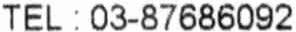
TEL : 03-87686092